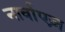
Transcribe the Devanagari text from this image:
नार्वाएज़